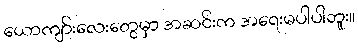
ယောကျာ်းလေးတွေမှာ အဆင်းက အရေးမပါပါဘူး။